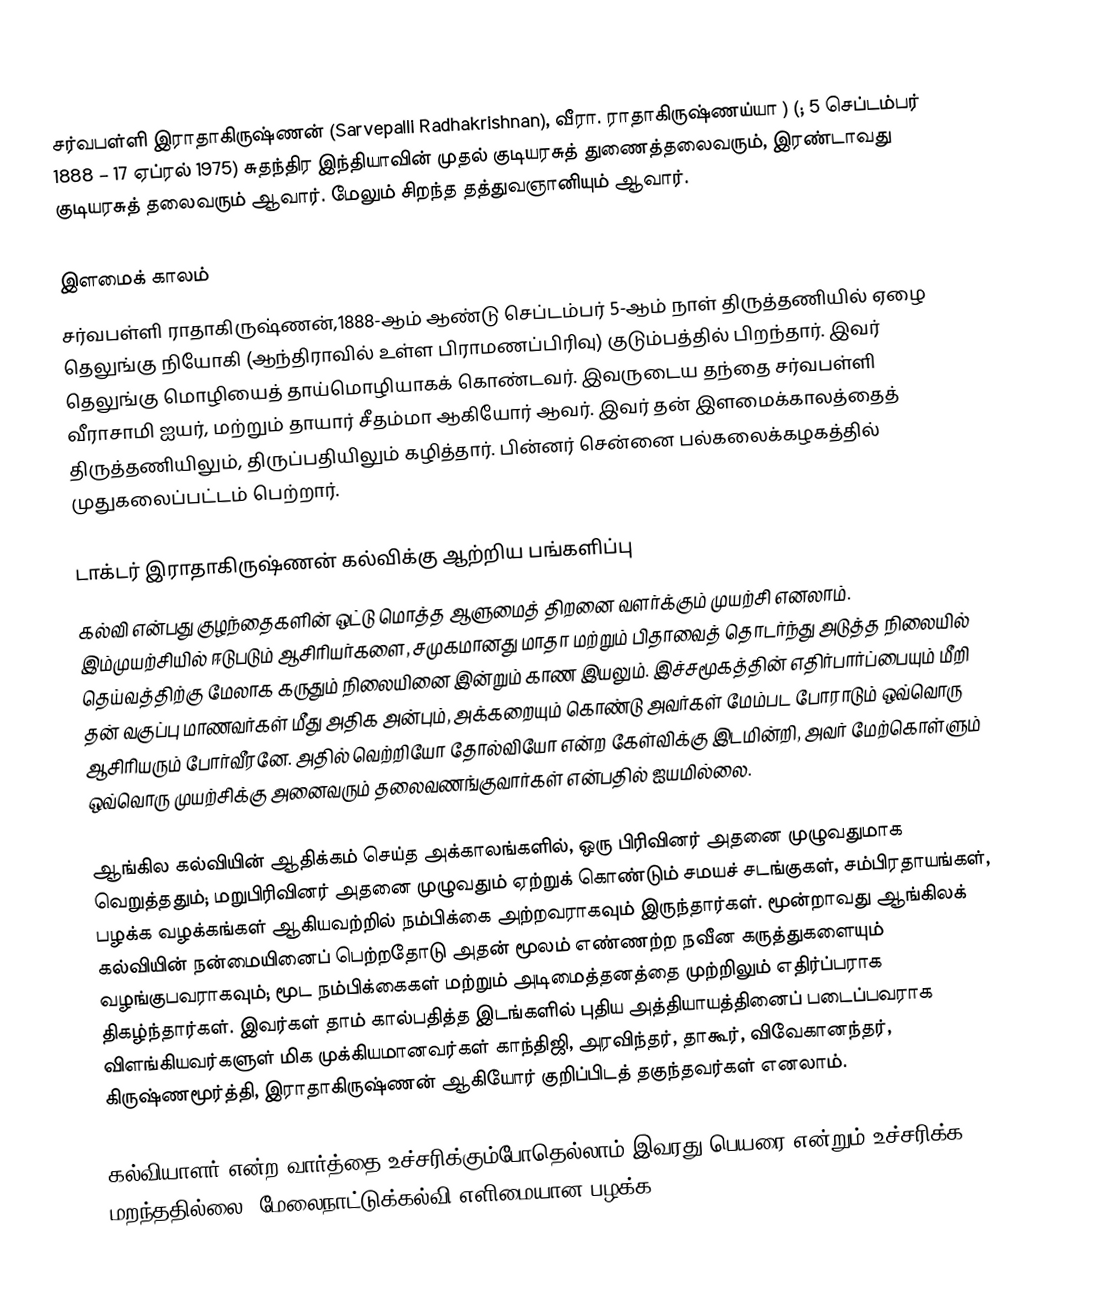
சர்வபள்ளி இராதாகிருஷ்ணன் (Sarvepalli Radhakrishnan), வீரா. ராதாகிருஷ்ணய்யா ) (; 5 செப்டம்பர் 1888 – 17 ஏப்ரல் 1975) சுதந்திர இந்தியாவின் முதல் குடியரசுத் துணைத்தலைவரும், இரண்டாவது குடியரசுத் தலைவரும் ஆவார். மேலும் சிறந்த தத்துவஞானியும் ஆவார்.

இளமைக் காலம்
சர்வபள்ளி ராதாகிருஷ்ணன்,1888-ஆம் ஆண்டு செப்டம்பர் 5-ஆம் நாள் திருத்தணியில் ஏழை தெலுங்கு நியோகி (ஆந்திராவில் உள்ள பிராமணப்பிரிவு) குடும்பத்தில் பிறந்தார். இவர் தெலுங்கு மொழியைத் தாய்மொழியாகக் கொண்டவர். இவருடைய தந்தை சர்வபள்ளி வீராசாமி ஐயர், மற்றும் தாயார் சீதம்மா ஆகியோர் ஆவர்.  இவர் தன் இளமைக்காலத்தைத் திருத்தணியிலும், திருப்பதியிலும் கழித்தார். பின்னர் சென்னை பல்கலைக்கழகத்தில் முதுகலைப்பட்டம் பெற்றார்.

டாக்டர் இராதாகிருஷ்ணன் கல்விக்கு ஆற்றிய பங்களிப்பு
கல்வி என்பது குழந்தைகளின் ஒட்டு மொத்த ஆளுமைத் திறனை வளர்க்கும் முயற்சி எனலாம்.  இம்முயற்சியில் ஈடுபடும் ஆசிரியர்களை, சமுகமானது மாதா மற்றும் பிதாவைத் தொடர்ந்து அடுத்த நிலையில் தெய்வத்திற்கு மேலாக கருதும் நிலையினை இன்றும் காண இயலும்.  இச்சமூகத்தின் எதிர்பார்ப்பையும் மீறி தன் வகுப்பு மாணவர்கள் மீது அதிக அன்பும், அக்கறையும் கொண்டு அவர்கள் மேம்பட போராடும் ஒவ்வொரு ஆசிரியரும் போர்வீரனே. அதில் வெற்றியோ தோல்வியோ என்ற கேள்விக்கு இடமின்றி, அவர் மேற்கொள்ளும் ஒவ்வொரு முயற்சிக்கு அனைவரும் தலைவணங்குவார்கள் என்பதில் ஐயமில்லை.

ஆங்கில கல்வியின் ஆதிக்கம் செய்த அக்காலங்களில், ஒரு பிரிவினர் அதனை முழுவதுமாக வெறுத்ததும்; மறுபிரிவினர் அதனை முழுவதும் ஏற்றுக் கொண்டும் சமயச் சடங்குகள், சம்பிரதாயங்கள், பழக்க வழக்கங்கள் ஆகியவற்றில் நம்பிக்கை அற்றவராகவும் இருந்தார்கள். மூன்றாவது ஆங்கிலக் கல்வியின் நன்மையினைப் பெற்றதோடு அதன் மூலம் எண்ணற்ற நவீன கருத்துகளையும் வழங்குபவராகவும்; மூட நம்பிக்கைகள் மற்றும் அடிமைத்தனத்தை முற்றிலும் எதிர்ப்பராக திகழ்ந்தார்கள்.  இவர்கள் தாம் கால்பதித்த இடங்களில் புதிய அத்தியாயத்தினைப் படைப்பவராக விளங்கியவர்களுள் மிக முக்கியமானவர்கள் காந்திஜி, அரவிந்தர், தாகூர், விவேகானந்தர், கிருஷ்ணமூர்த்தி, இராதாகிருஷ்ணன் ஆகியோர் குறிப்பிடத் தகுந்தவர்கள் எனலாம்.

கல்வியாளர் என்ற வார்த்தை உச்சரிக்கும்போதெல்லாம் இவரது பெயரை என்றும் உச்சரிக்க மறந்ததில்லை. மேலைநாட்டுக்கல்வி எளிமையான பழக்க